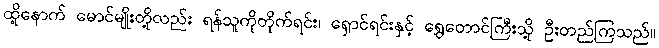
ထို့နောက် မောင်မျိုးတို့လည်း ရန်သူကိုတိုက်ရင်း၊ ရှောင်ရင်းနှင့် ရွှေတောင်ကြီးသို့ ဦးတည်ကြသည်။